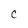
Character: C